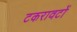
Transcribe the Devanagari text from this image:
टकरावटों